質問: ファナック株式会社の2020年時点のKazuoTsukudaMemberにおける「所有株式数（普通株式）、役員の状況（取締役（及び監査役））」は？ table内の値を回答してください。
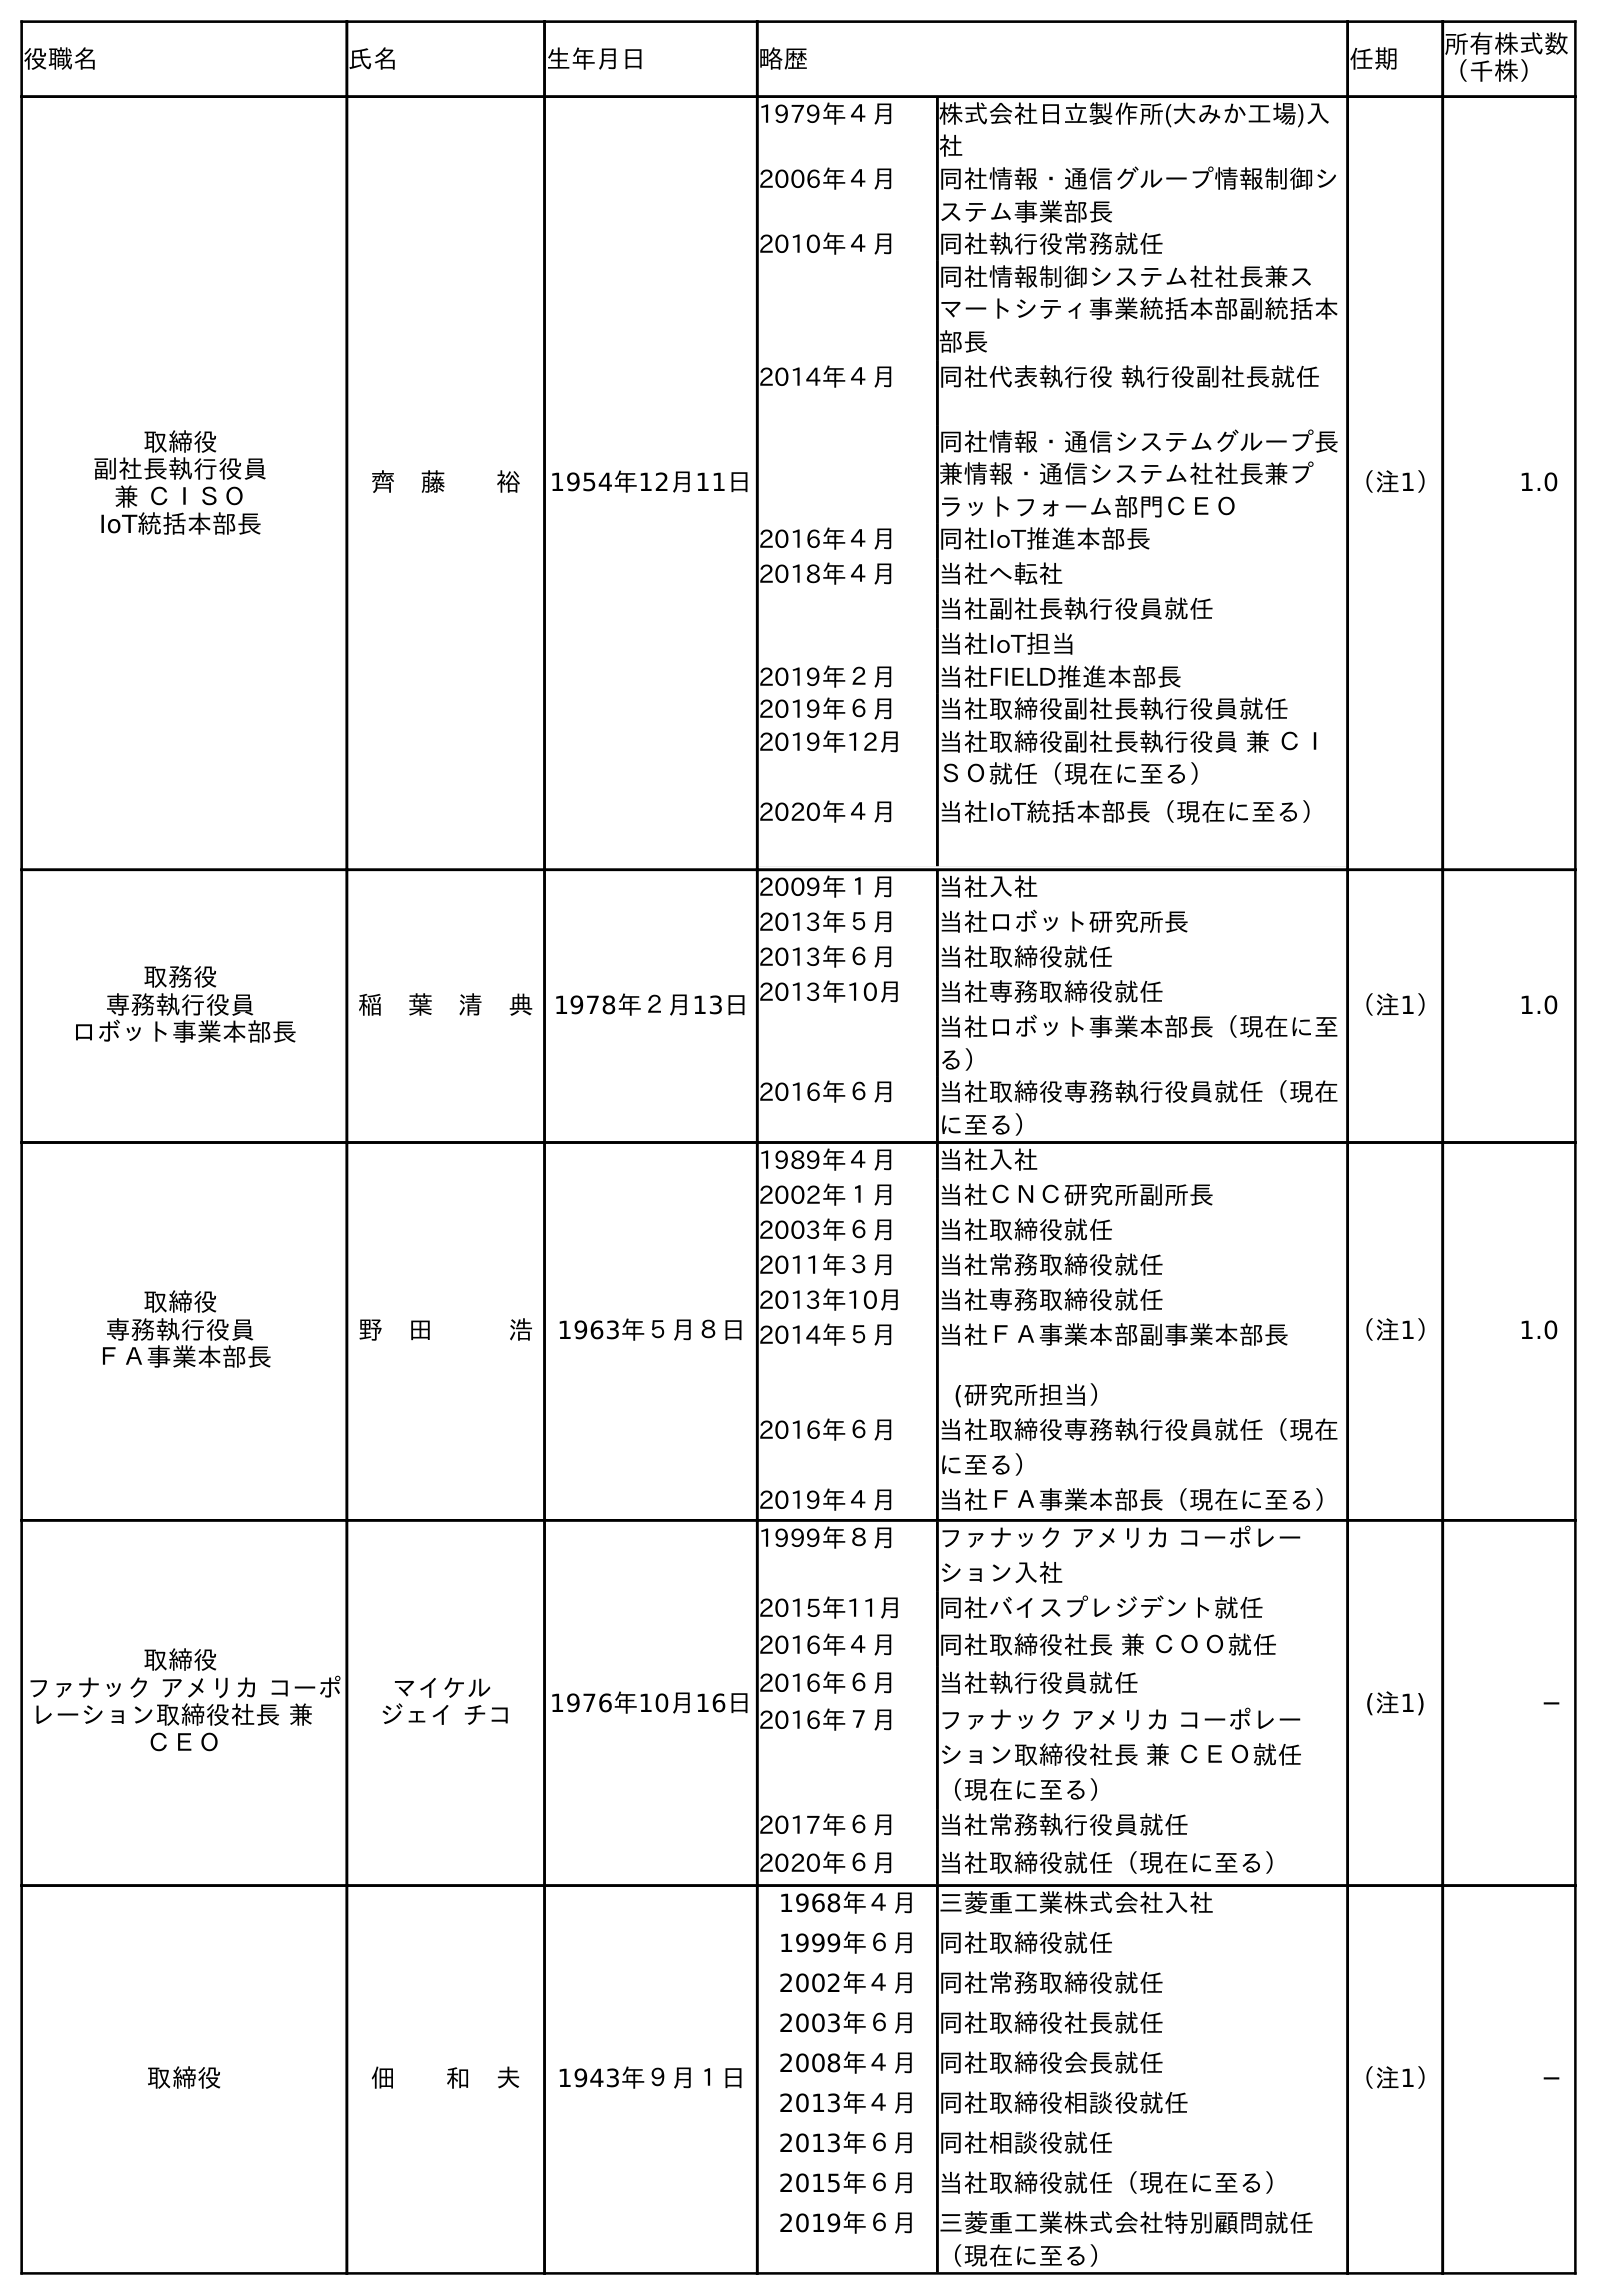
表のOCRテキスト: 役職名 氏名 生年月日 略歴 任期 所有株式数 （千株） 取締役 副社長執行役員 兼 ＣＩＳＯ IoT統括本部長 齊 藤  裕 1954年12月11日 1979年４月 株式会社日立製作所(大みか工場)入 社 2006年４月 同社情報・通信グループ情報制御シ ステム事業部長 2010年４月 同社執行役常務就任 同社情報制御システム社社長兼ス マートシティ事業統括本部副統括本 部長 2014年４月 同社代表執行役 執行役副社長就任 同社情報・通信システムグループ長 兼情報・通信システム社社長兼プ ラットフォーム部門ＣＥＯ 2016年４月 同社IoT推進本部長 2018年４月 当社へ転社 当社副社長執行役員就任 当社IoT担当 2019年２月 当社FIELD推進本部長 2019年６月 当社取締役副社長執行役員就任 2019年12月 当社取締役副社長執行役員 兼 ＣＩ ＳＯ就任（現在に至る） 2020年４月 当社IoT統括本部長（現在に至る） （注1） 1.0 取務役 専務執行役員 ロボット事業本部長 稲 葉 清 典 1978年２月13日 2009年１月 当社入社 2013年５月 当社ロボット研究所長 2013年６月 当社取締役就任 2013年10月 当社専務取締役就任 当社ロボット事業本部長（現在に至 る） 2016年６月 当社取締役専務執行役員就任（現在 に至る） （注1） 1.0 取締役 専務執行役員 ＦＡ事業本部長 野 田   浩 1963年５月８日 1989年４月 当社入社 2002年１月 当社ＣＮＣ研究所副所長 2003年６月 当社取締役就任 2011年３月 当社常務取締役就任 2013年10月 当社専務取締役就任 2014年５月 当社ＦＡ事業本部副事業本部長 (研究所担当） 2016年６月 当社取締役専務執行役員就任（現在 に至る） 2019年４月 当社ＦＡ事業本部長（現在に至る） （注1） 1.0 取締役 ファナック アメリカ コーポ レーション取締役社長 兼  ＣＥＯ マイケル ジェイ チコ 1976年10月16日 1999年８月 ファナック アメリカ コーポレー ション入社 2015年11月 同社バイスプレジデント就任 2016年４月 同社取締役社長 兼 ＣＯＯ就任 2016年６月 当社執行役員就任 2016年７月 ファナック アメリカ コーポレー ション取締役社長 兼 ＣＥＯ就任 （現在に至る） 2017年６月 当社常務執行役員就任 2020年６月 当社取締役就任（現在に至る） (注1) ─ 取締役 佃  和 夫 1943年９月１日 1968年４月 三菱重工業株式会社入社 1999年６月 同社取締役就任 2002年４月 同社常務取締役就任 2003年６月 同社取締役社長就任 2008年４月 同社取締役会長就任 2013年４月 同社取締役相談役就任 2013年６月 同社相談役就任 2015年６月 当社取締役就任（現在に至る） 2019年６月 三菱重工業株式会社特別顧問就任 （現在に至る） （注1） ─
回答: ─